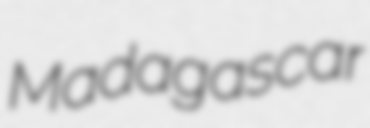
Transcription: Madagascar